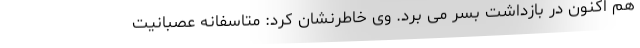
هم اکنون در بازداشت بسر می برد. وی خاطرنشان کرد: متاسفانه عصبانیت